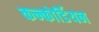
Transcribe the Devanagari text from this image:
कन्कोर्डियन